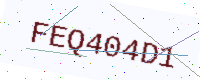
Text: FEQ404D1